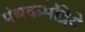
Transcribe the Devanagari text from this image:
पंचकर्मेंद्रिये